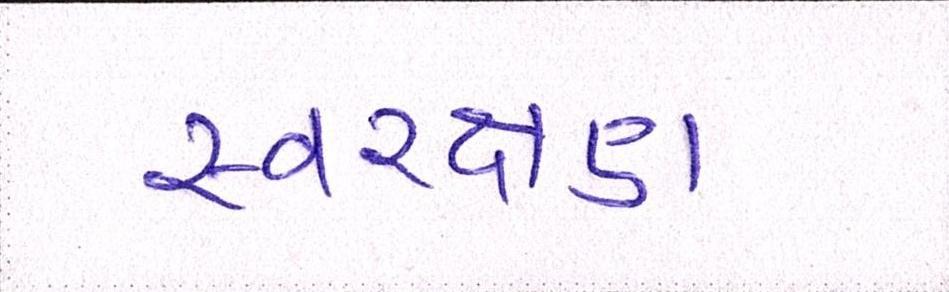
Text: સ્વરક્ષણ